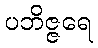
ပဘိဇ္ဇရေ